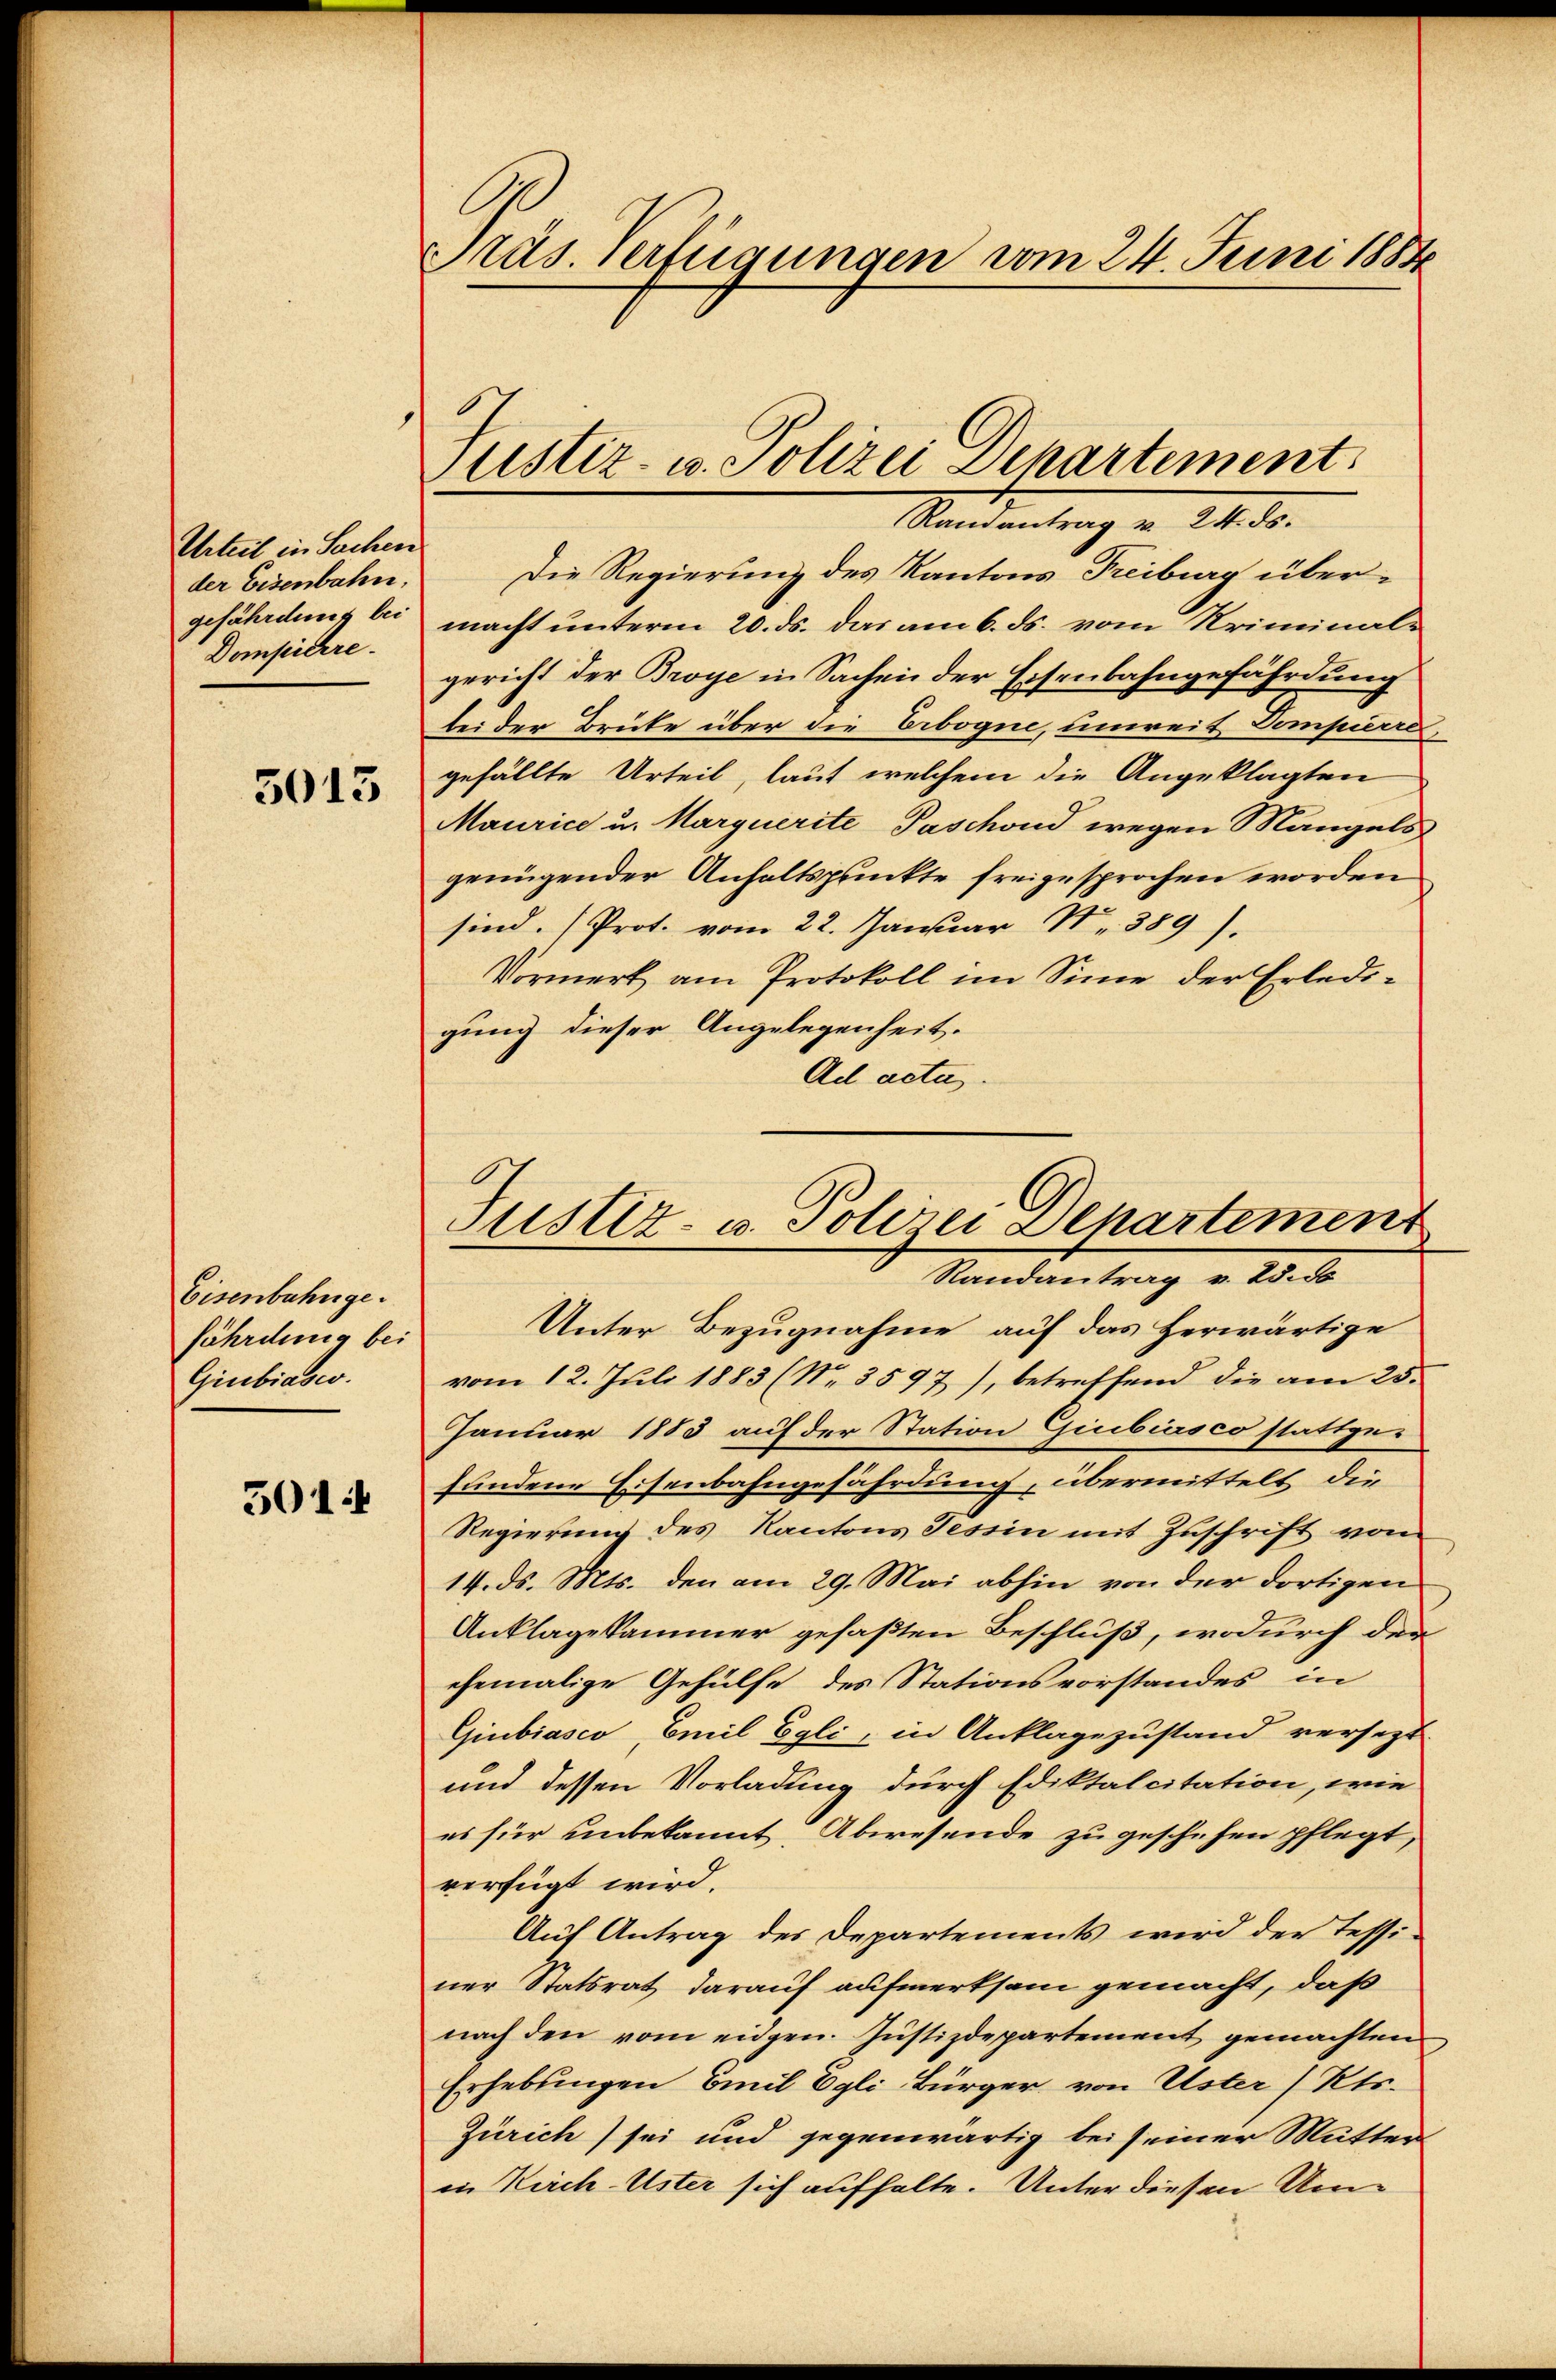
Urteil in Sachen
der Eisenbahn.
gefährdung bei
Dompicere.

5013

Eisenbahnge.
fährdung bei
Giubiasco.

5014

Präs. Verfügungen vom 24. Juni 1884

Justiz- u. Polizei Departement

Randantrag v. 24. ds.
Die Regierung des Kantons Freiburg übermacht unterm 20. ds. das am 6. ds. vom Kriminal-
gericht der Broye in Sachen der Eisenbahngefährdung
bei der Brüke über die Erbogne, unweit Dompierre,
gefällte Urteil, laut welchem die Angeklagten
Maurice u. Marquerite Paschond wegen Mangels
genügender Anhaltspunkte freigesprochen worden
sind. (Prot. vom 22. Januar N. 389).
Vormerk am Protokoll im Sinne der Erledigung dieser Angelegenheit.
Ad acta.

Unter Bezugnahme auf das herwärtige
vom 12. Juli 1883 (Nr. 3597), betreffend die am 25.
Januar 1883 auf der Station Giubiasco stattgefundene Eisenbahngefährdung übermittelt, die
Regierung des Kantons Tessin mit Zuschrift vom
14. ds. Mts. den am 29. Mai abhin von der dortigen
Anklage kammer gefaßten Beschluß, wodurch der
ehemalige Gehülfe des Stationsvorstandes in
Giubiasco Emil Egli, in Anklagezustand versezt
und dessen Vorladung durch Ediktalcitation, wie
es für unbekannt, Abwesende zu geschehen pflegt,
verfügt wird.
Auf Antrag des Departements wird der Tessi-
ner Statsrat darauf aufmerksam gemacht, daß
nach den vom eidgen. Justizdepartement gemachten
Erhebungen Emil Egli Bürger, von Uster (Kts.
Zürich) sei und gegenwärtig bei seiner Mutter
in Kirch-Uster sich aufhalte. Unter diesen Um¬

Justiz- u. Polizei Departement
Randantrag v. Eido